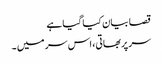
قصا بیان کیا گیا ہے
سر پربھاتی، اس سر میں ۔